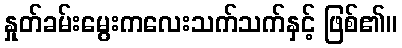
နှုတ်ခမ်းမွေးကလေးသက်သက်နှင့် ဖြစ်၏။